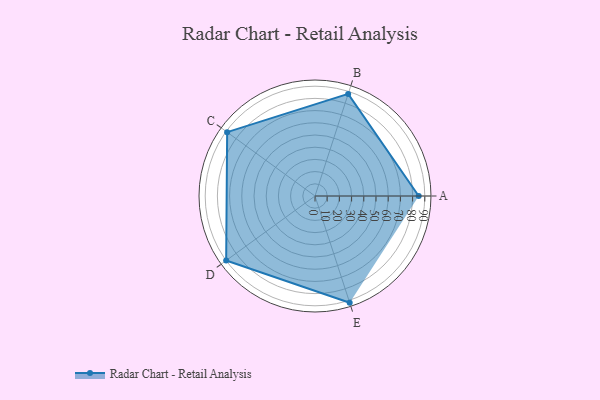
{"axis": {"x": "Skill", "y": "Score"}, "legend": ["Profile"], "data": [{"x": "A", "y": 85.0, "type": "Profile"}, {"x": "B", "y": 88.0, "type": "Profile"}, {"x": "C", "y": 89.0, "type": "Profile"}, {"x": "D", "y": 90.0, "type": "Profile"}, {"x": "E", "y": 92.0, "type": "Profile"}]}